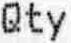
QTY